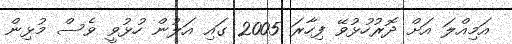
އަމިއްލަ އަށް ދޮރުހުޅުވޭ ފިހާރަ 2005 ގައި އަލުން ހުޅުވީ ވެސް މުޅިން